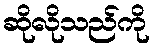
ဆိုလိုသည်ကို